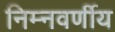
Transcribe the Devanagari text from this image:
निम्नवर्णीय